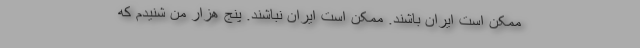
ممکن است ایران باشند. ممکن است ایران نباشند. پنج هزار من شنیدم که